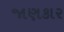
જાણકાર